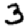
Digit: 3